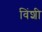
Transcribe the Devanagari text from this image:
विंशी